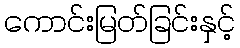
ကောင်းမြတ်ခြင်းနှင့်